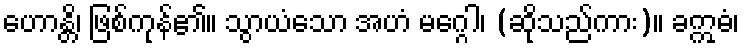
ဟောန္တိ၊ ဖြစ်ကုန်၏။ သွာယံသော အဟံ မဂ္ဂေါ၊ (ဆိုသည်ကား)။ ခဣဓံ၊